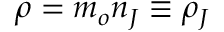
\rho = m _ { o } n _ { J } \equiv \rho _ { J }